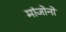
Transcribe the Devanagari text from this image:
मांजोनो